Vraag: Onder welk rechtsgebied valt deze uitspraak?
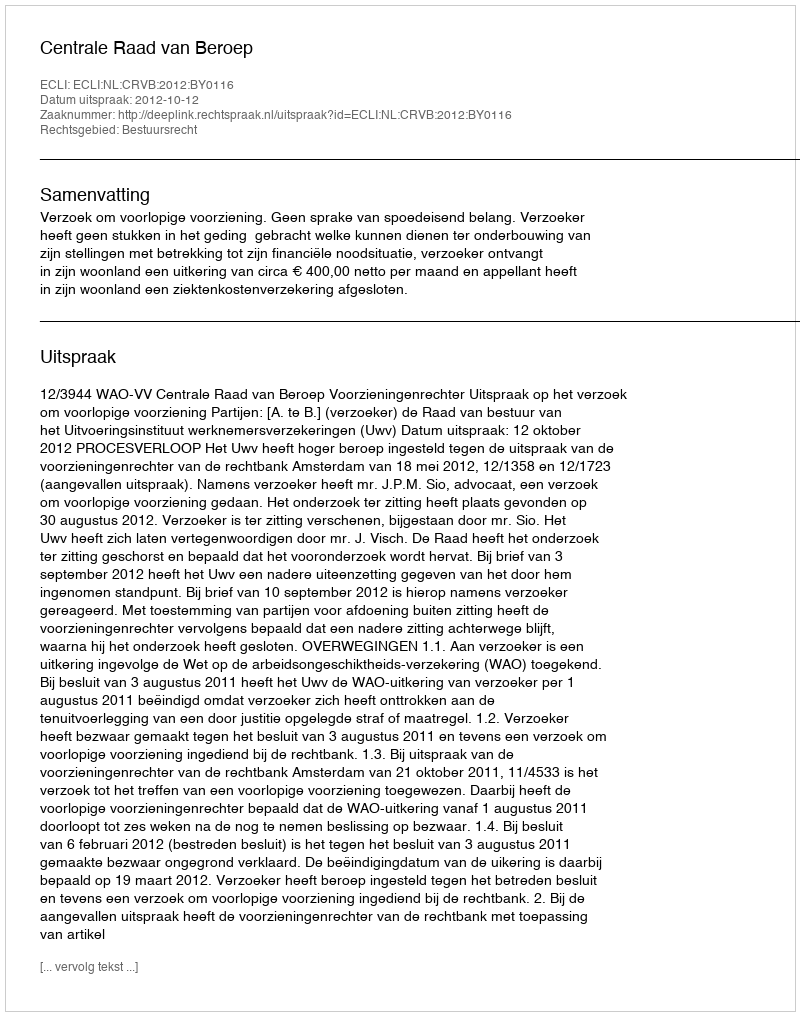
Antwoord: Bestuursrecht